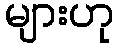
များဟု